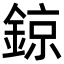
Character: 鍄